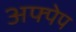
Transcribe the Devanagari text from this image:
अफ्पेप